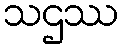
သဌဿ